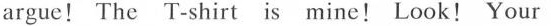
argue! The T-shirt is mine! Look! Your